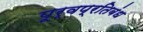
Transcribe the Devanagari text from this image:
पूर्वप्रतिबंध